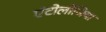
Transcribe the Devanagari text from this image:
एंटोलोजिया